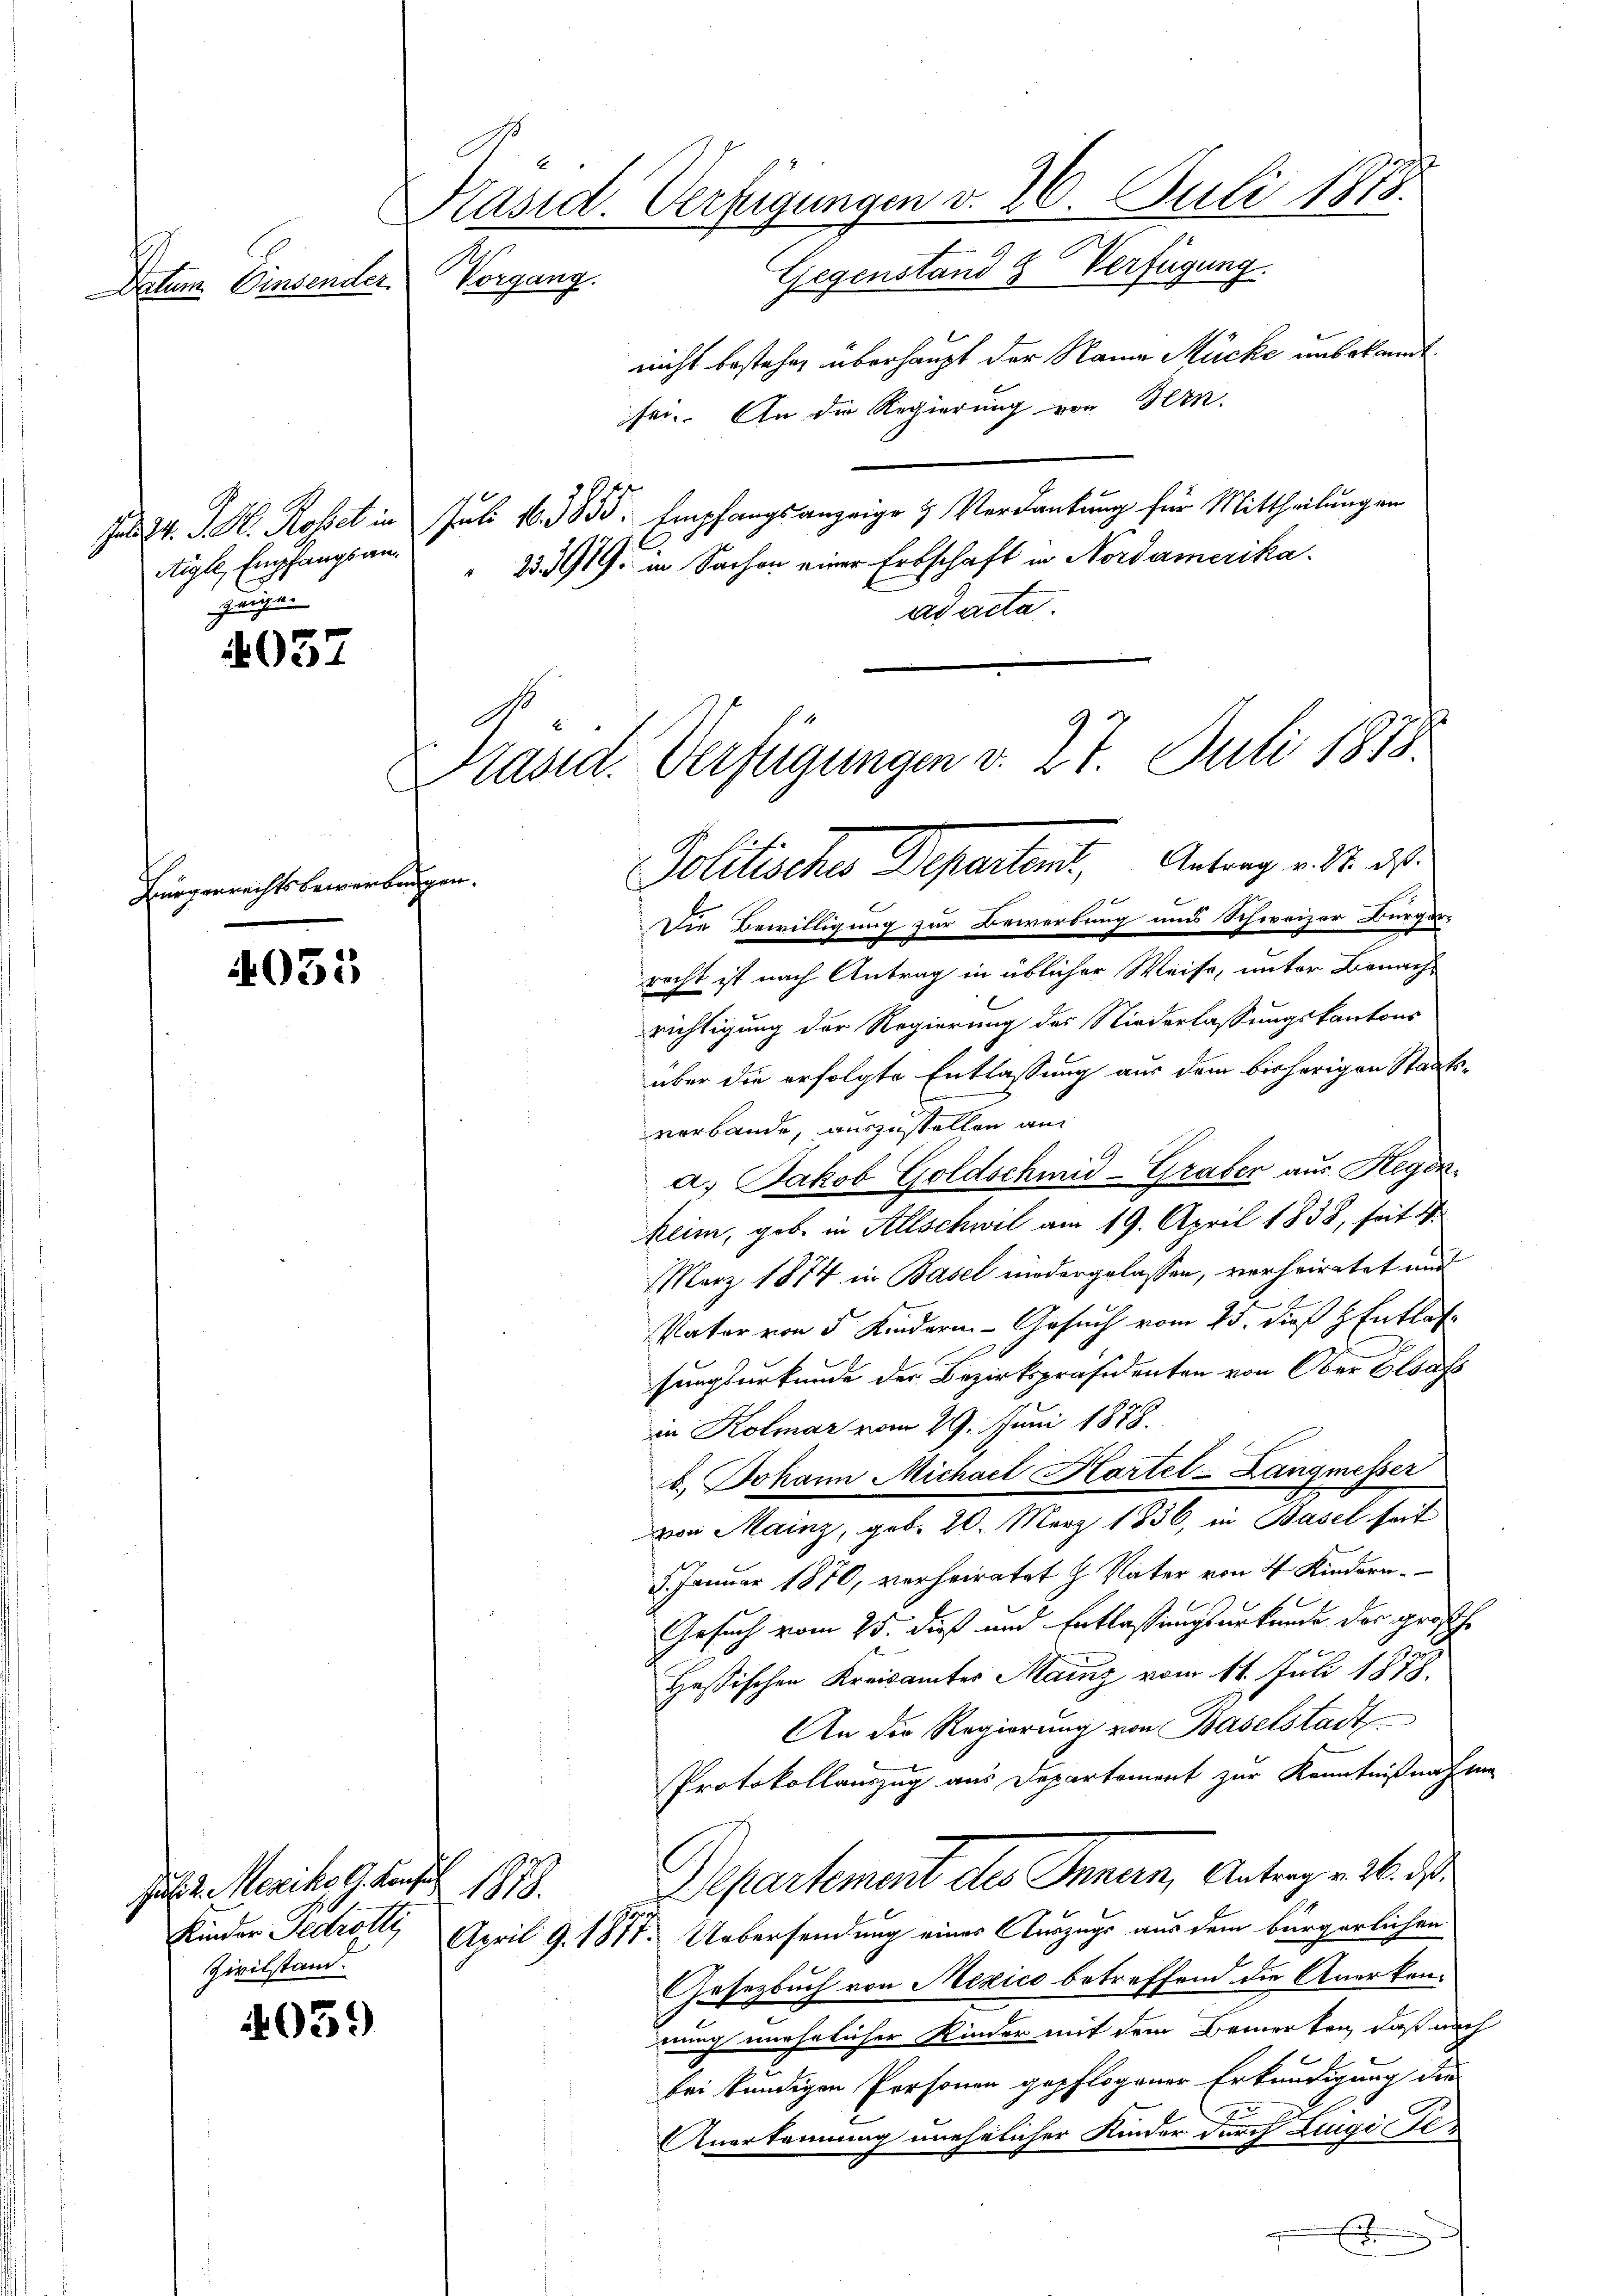
Datum Einsender.

d d. d. d. Rosselt in
Aigle, Empfangsanzungen

4037

Bürgerrechtsbewerb

4035

4059

Präsid. Verfügungen v. 26. Juli 1878.
Gegenstand Verfügung
Vorgang.

nicht bestehe, überhaupt der Name Mücke unbekannt
sei. An die Regierung von Bern.
Juli 16. 3855. Empfangsanzeige & Verdankung für Mittheilung an
23391. in Sachen einer Erbschaft in Nordamerika
ad acta.

Verfügungen v. 27. Juli 1878.
Politische Departet, Antrag v. S. 26.
Ihnen.

Kasta.

Jul. v. Mexiko G. Konse
1.
Zivilstand.

Die Bewilligung zur Bewerbung uns Schweizer Bürger-
recht ist nach Antrag in üblicher Weise, unter Benach-
richtigung der Regierung des Niederlassungskantons
über die erfolgte Entlassung aus dem bisherigen Staatsverbande, auszustellen an
G
a. Jakob Goldschmid-Graber aus Regen-
keim, geb. in Allschwil am 19. April 1858, soit d
März 1874 in Basel niedergelassen, verheiratet und
Vater von 5 Kindern - Gesuch vom 25. dieß z Entlas
sungsurkunde der Bezirkspräsidenten von Ober Elsass
in Kolmar vom 29. Juni 1878.
b. Johann Michael Kartel-Langmesser
von Mainz, geb. 20. März 1836, in Basel seit
5. Januar 1870, verheiratet H. Vater von 4 Kindern.
Gesuch vom 25. dieß und Entlassungsurkunde der grosche
Hessischen Kreisamter Mainz vom 11. Juni 1878.
An die Regierung von Baselstadt
Protokollauszug aus Departement zur Kenntnißnahme
Departement des Innern, Antrage M. d
Kinder Gedrot April 9. 1874. Uebersendung eines Auszugs aus dem bürgerlichen
Gesetzbuch von Mexico betreffend die Anerkennung unehelicher Kinder mit dem Bemerken, daß nach
bei kündigen Personen gepflogener Erkundigung der
E
Anerkennung unehelicher Kinder durch Zugie
.
E